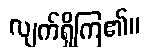
လျက်ရှိကြ၏။